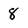
Character: 8